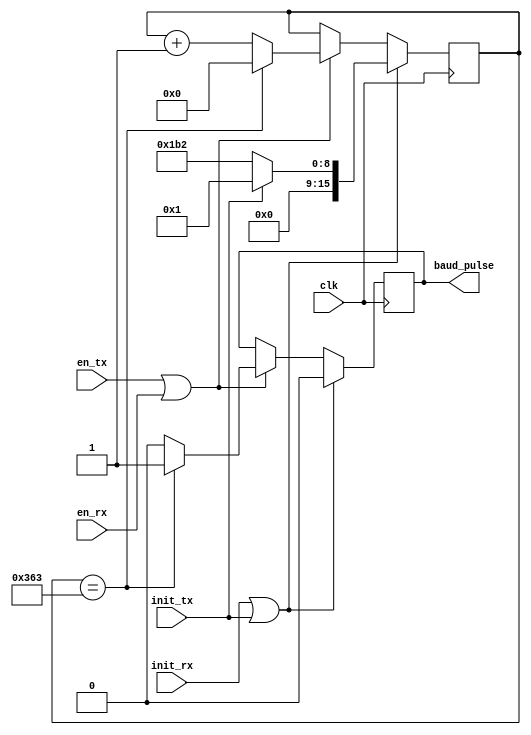
`timescale 1ns / 1ps
//////////////////////////////////////////////////////////////////////////////////
// Company:
//
// Design Name:      
// Module Name:    baud_gen 
// Project Name:       
// Target Devices: 
// Tool versions: 
// Description:    pulse train generator with configurable baud freq.
//
// Dependencies: 
//
// Revision: 
// Revision 0.01 - File Created
// Additional Comments: 
//
//////////////////////////////////////////////////////////////////////////////////
module baud_gen(clk, init_tx, init_rx, en_tx, en_rx, baud_pulse);

    parameter CLKFREQ = 100000000;
    parameter BAUD = 115200;

    parameter MAXCOUNT = (CLKFREQ/BAUD);
    parameter RESETVAL = MAXCOUNT/2;

    parameter DIM_CNT = 16;                 // Worst case dimension

    input clk;                              // Clock 
    input init_tx;                          // Set Counter to 0 
    input init_rx;                          // Set Counter to half MAXVALUE 
    input en_tx;                            // enable signal. If asserted pulses are generated
    input en_rx;                                    

    output reg baud_pulse;                  // Pulse train: period = 1/(2*BAUD)

    reg [DIM_CNT-1:0] count = RESETVAL;     // Initialization Safe Value

    assign en = en_tx | en_rx;

    always @(posedge clk)
        if (init_rx || init_tx)
            begin
                count <= init_tx ? 1 : RESETVAL;
                baud_pulse <= 0;
            end
        else 
            if (en)
                if (count == MAXCOUNT-1)    
                    begin
                        count <= 0;
                        baud_pulse <= 1;
                    end
                else
                    begin
                        count <= count + 1;
                        baud_pulse <= 0;
                    end

endmodule